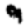
Digit: 9